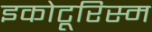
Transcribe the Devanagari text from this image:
इकोटूरिस्म